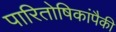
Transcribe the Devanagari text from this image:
पारितोषिकांपैकी